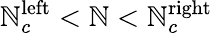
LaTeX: \mathbb{N}_{c}^{\mathrm{{left}}}<\mathbb{N}<\mathbb{N}_{c}^{\mathrm{{right}}}